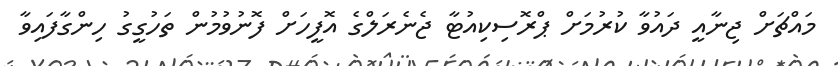
މައްޗަށް ޖިނާއީ ދައުވާ ކުރުމަށް ޕްރޮސިކިއުޓާ ޖެނެރަލްގެ އޮފީހަށް ފޮނުވުމުން ތަހުގީގު ހިންގާފައިވާ